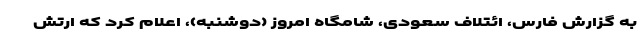
به گزارش فارس، ائتلاف سعودی، شامگاه امروز (دوشنبه)، اعلام کرد که ارتش